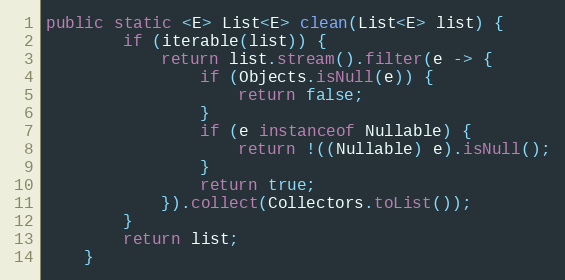
Language: Java
public static <E> List<E> clean(List<E> list) {
        if (iterable(list)) {
            return list.stream().filter(e -> {
                if (Objects.isNull(e)) {
                    return false;
                }
                if (e instanceof Nullable) {
                    return !((Nullable) e).isNull();
                }
                return true;
            }).collect(Collectors.toList());
        }
        return list;
    }